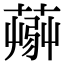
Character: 𦸹